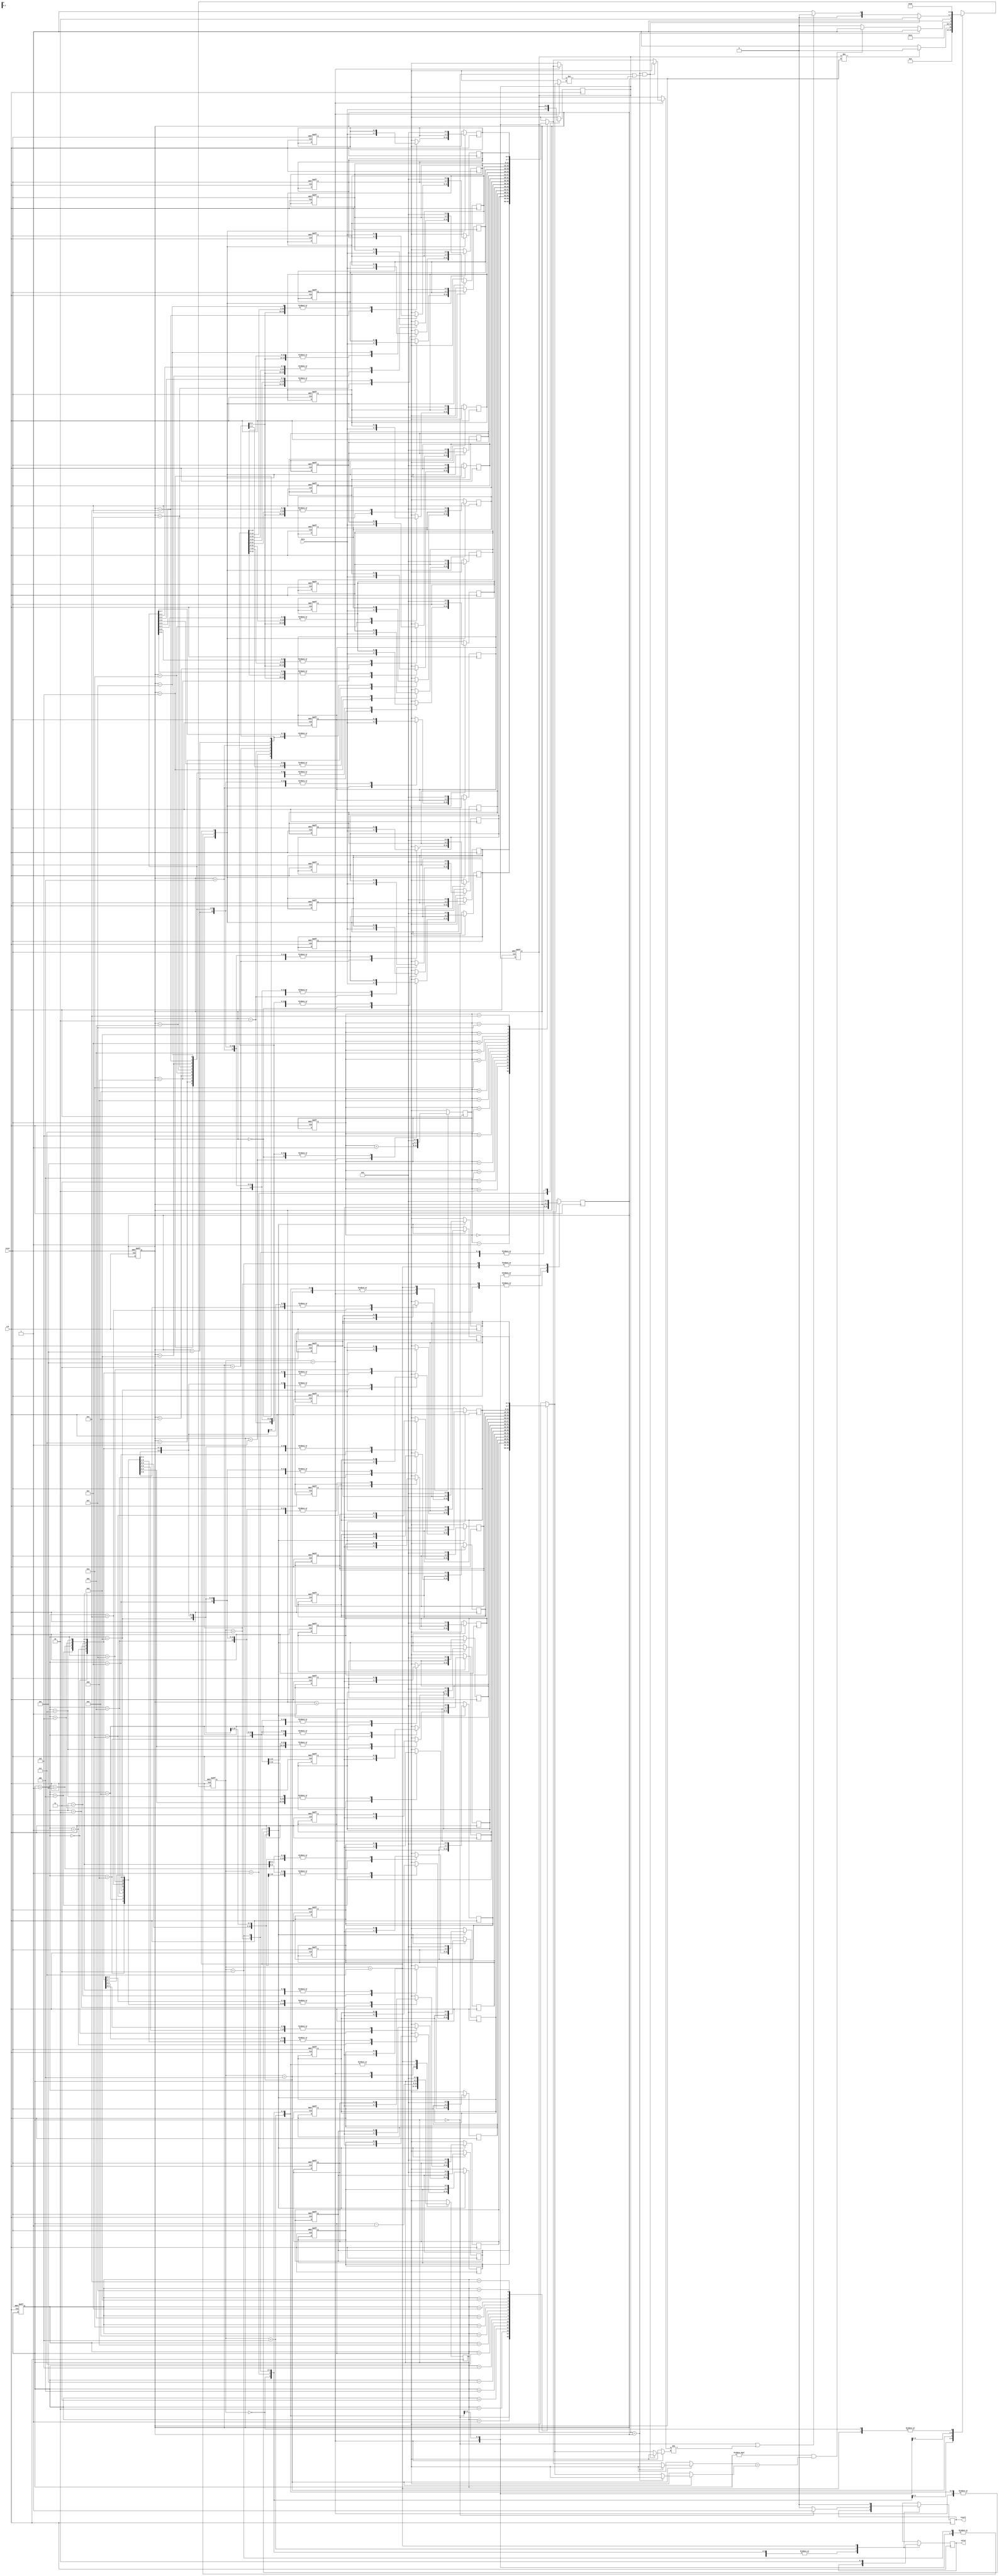
module rails(clk, reset, data, valid, result);

input        clk;
input        reset;
input  [3:0] data;
output  reg  valid;
output  reg  result; 

integer i = 32'd0;
reg [2:0] state, next_state;
reg [3:0] numoftrain;
reg [3:0] validation[0:15];
reg [3:0] stack[0:15];
reg [3:0] counter; // for inputing data and stack push operations
reg [3:0] top; // top == 0 means empty , and stack[0] is always empty 
reg [3:0] next_element;

parameter cold = 4'd0, in1 = 4'd1, in2 = 4'd2, reinit = 4'd3, push=4'd4, pop=4'd5, finish = 4'd6, out = 4'd7; 

always@(*)begin //next state
	case(state)
		cold:
			next_state = in1;
		in1:
			next_state = in2;
		in2: begin
			if(numoftrain != counter)
				next_state = in2;
			else 
				next_state = reinit;
		end
		reinit:
			next_state = push; 
		push: begin
			if(numoftrain == counter)
				next_state = pop;    	
			else if((top!=0) & (validation[next_element] == stack[top]) )
				next_state = pop;
			else
				next_state = push; 
		end
		pop: begin
			if((numoftrain == counter) & ((top==0) | (validation[next_element] != stack[top])))
				next_state = finish;
			else if((top==0) | (validation[next_element] != stack[top])) 
				next_state = push;
			else 
			    next_state = pop;
		end
		finish:
			next_state = out;
		out:
			next_state = in1;
		default:
			next_state = in1;
	endcase
end

always@(posedge clk or posedge reset)begin //curent state
	if(reset)begin
		state = cold;
		for(i=0;i<16;i=i+1) 
			validation[i] <= 4'b0;
		for(i=0;i<16;i=i+1)
			stack[i] <= 4'b0;
		i = 0;
		counter = 0;
		top = 0;
		next_element = 0;
		numoftrain = 0;
	end
	else
		state = next_state;
end

always@(posedge clk) begin 	//output and data flow
		case(state)
			cold:;
			in1:
				numoftrain = data;
			in2: begin
				validation[counter] = data;
				counter = counter + 1;
			end
			reinit:
				counter = 0;
			push: begin
				top = top + 1;
				counter = counter + 1;
				stack[top] = counter; 				
			end
			pop: begin
				next_element = next_element + 1;
				top = top - 1;
			end	
			finish: begin 
				if(top == 0)
					result = 1'd1;
				else 
					result = 1'd0;
				valid = 1'd1;
			end	
			out:begin
				for(i=0;i<16;i=i+1) 
					validation[i] <= 4'b0;
				for(i=0;i<16;i=i+1)
					stack[i] <= 4'b0;
				i = 0;	
				counter = 0;
				top = 0;
				next_element = 0;
				result = 1'd0;
				valid = 1'd0;
			end
			default:;
		endcase
	end

endmodule